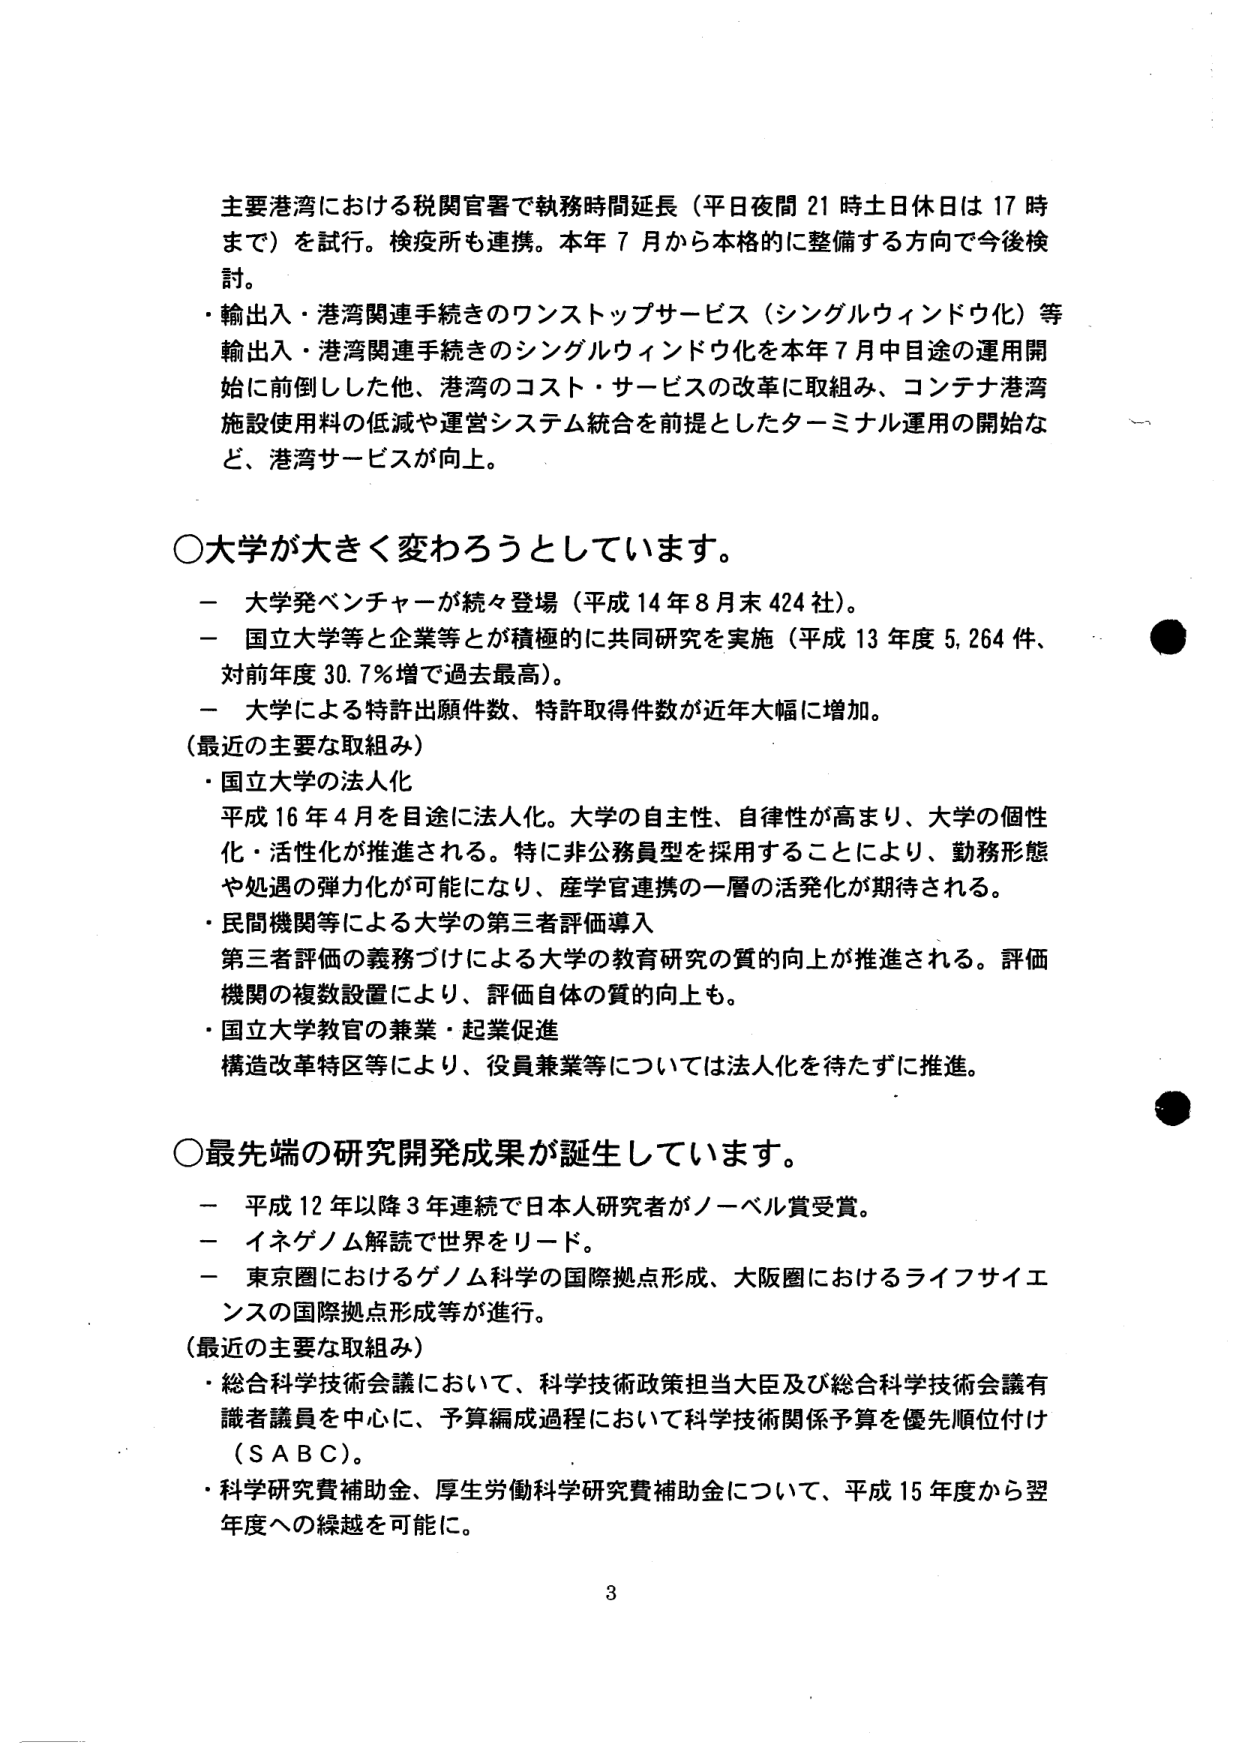
主要港湾における税関官署で執務時間延長（平日夜間 21 時土日休日は 17 時まで）を試行。検疫所も連携。本年 7 月から本格的に整備する方向で今後検討。

・輸出入・港湾関連手続きのワンストップサービス（シングルウィンドウ化）等
輸出入・港湾関連手続きのシングルウィンドウ化を本年 7 月中目途の運用開始に前倒しした他、港湾のコスト・サービスの改革に取組み、コンテナ港湾施設使用料の低減や運営システム統合を前提としたターミナル運用の開始など、港湾サービスが向上。

○大学が大きく変わろうとしています。

－ 大学発ベンチャーが続々登場（平成 14 年 8 月末 424 社）。
－ 国立大学等と企業等とが積極的に共同研究を実施（平成 13 年度 5,264 件、対前年度 30.7％増で過去最高）。
－ 大学による特許出願件数、特許取得件数が近年大幅に増加。

（最近の主要な取組み）
・国立大学の法人化
平成 16 年 4 月を目途に法人化。大学の自主性、自律性が高まり、大学の個性化・活性化が推進される。特に非公務員型を採用することにより、勤務形態や処遇の弾力化が可能になり、産学官連携の一層の活発化が期待される。
・民間機関等による大学の第三者評価導入
第三者評価の義務づけによる大学の教育研究の質的向上が推進される。評価機関の複数設置により、評価自体の質的向上も。
・国立大学教官の兼業・起業促進
構造改革特区等により、役員兼業等については法人化を待たずに推進。

○最先端の研究開発成果が誕生しています。

－ 平成 12 年以降 3 年連続で日本人研究者がノーベル賞受賞。
－ イネゲノム解読で世界をリード。
－ 東京圏におけるゲノム科学の国際拠点形成、大阪圏におけるライフサイエンスの国際拠点形成等が進行。

（最近の主要な取組み）
・総合科学技術会議において、科学技術政策担当大臣及び総合科学技術会議有識者議員を中心に、予算編成過程において科学技術関係予算を優先順位付け（ＳＡＢＣ）。
・科学研究費補助金、厚生労働科学研究費補助金について、平成 15 年度から翌年度への繰越を可能に。

3